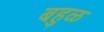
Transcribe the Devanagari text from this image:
बहुळ